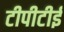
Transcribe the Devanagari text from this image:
टीपीटीई